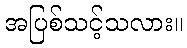
အပြစ်သင့်သလား။